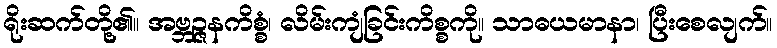
ရိုးဆက်တို့၏။ အဗ္ဘဉ္ဇနကိစ္စံ၊ လိမ်းကျံခြင်းကိစ္စကို။ သာဓယမာနာ၊ ပြီးစေလျက်။